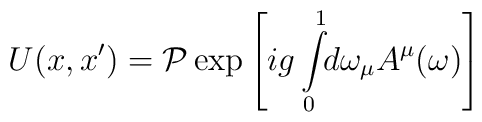
U(x,x') = {\cal P}\exp\left[i g\int\limits^1_0 \!\!d\omega_\mu A^\mu(\omega)\right]